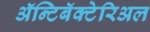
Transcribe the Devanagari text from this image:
ॲन्टिबॅक्‍टेरिअल